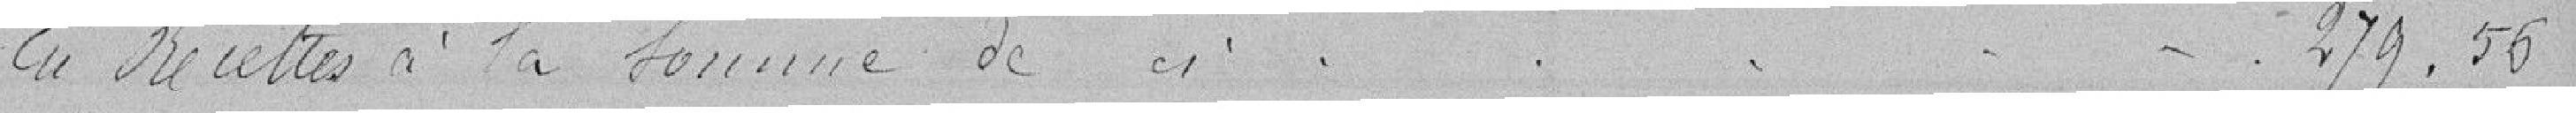
En recettes à la sommes de 279.56